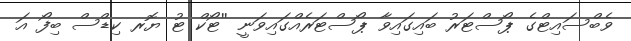
ވެބްސައިޓްގެ ޕޯސްޓަރު ބައިގައިވާ ޕޯސްޓަރެއްގައިވަނީ ''ޓޯކް ޓު ޔޮރ ކިޑްސް ބިފޯ އަ